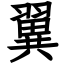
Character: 翼